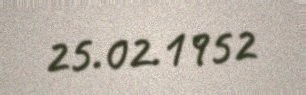
25.02.1952